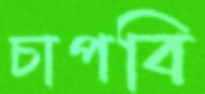
চাপবি